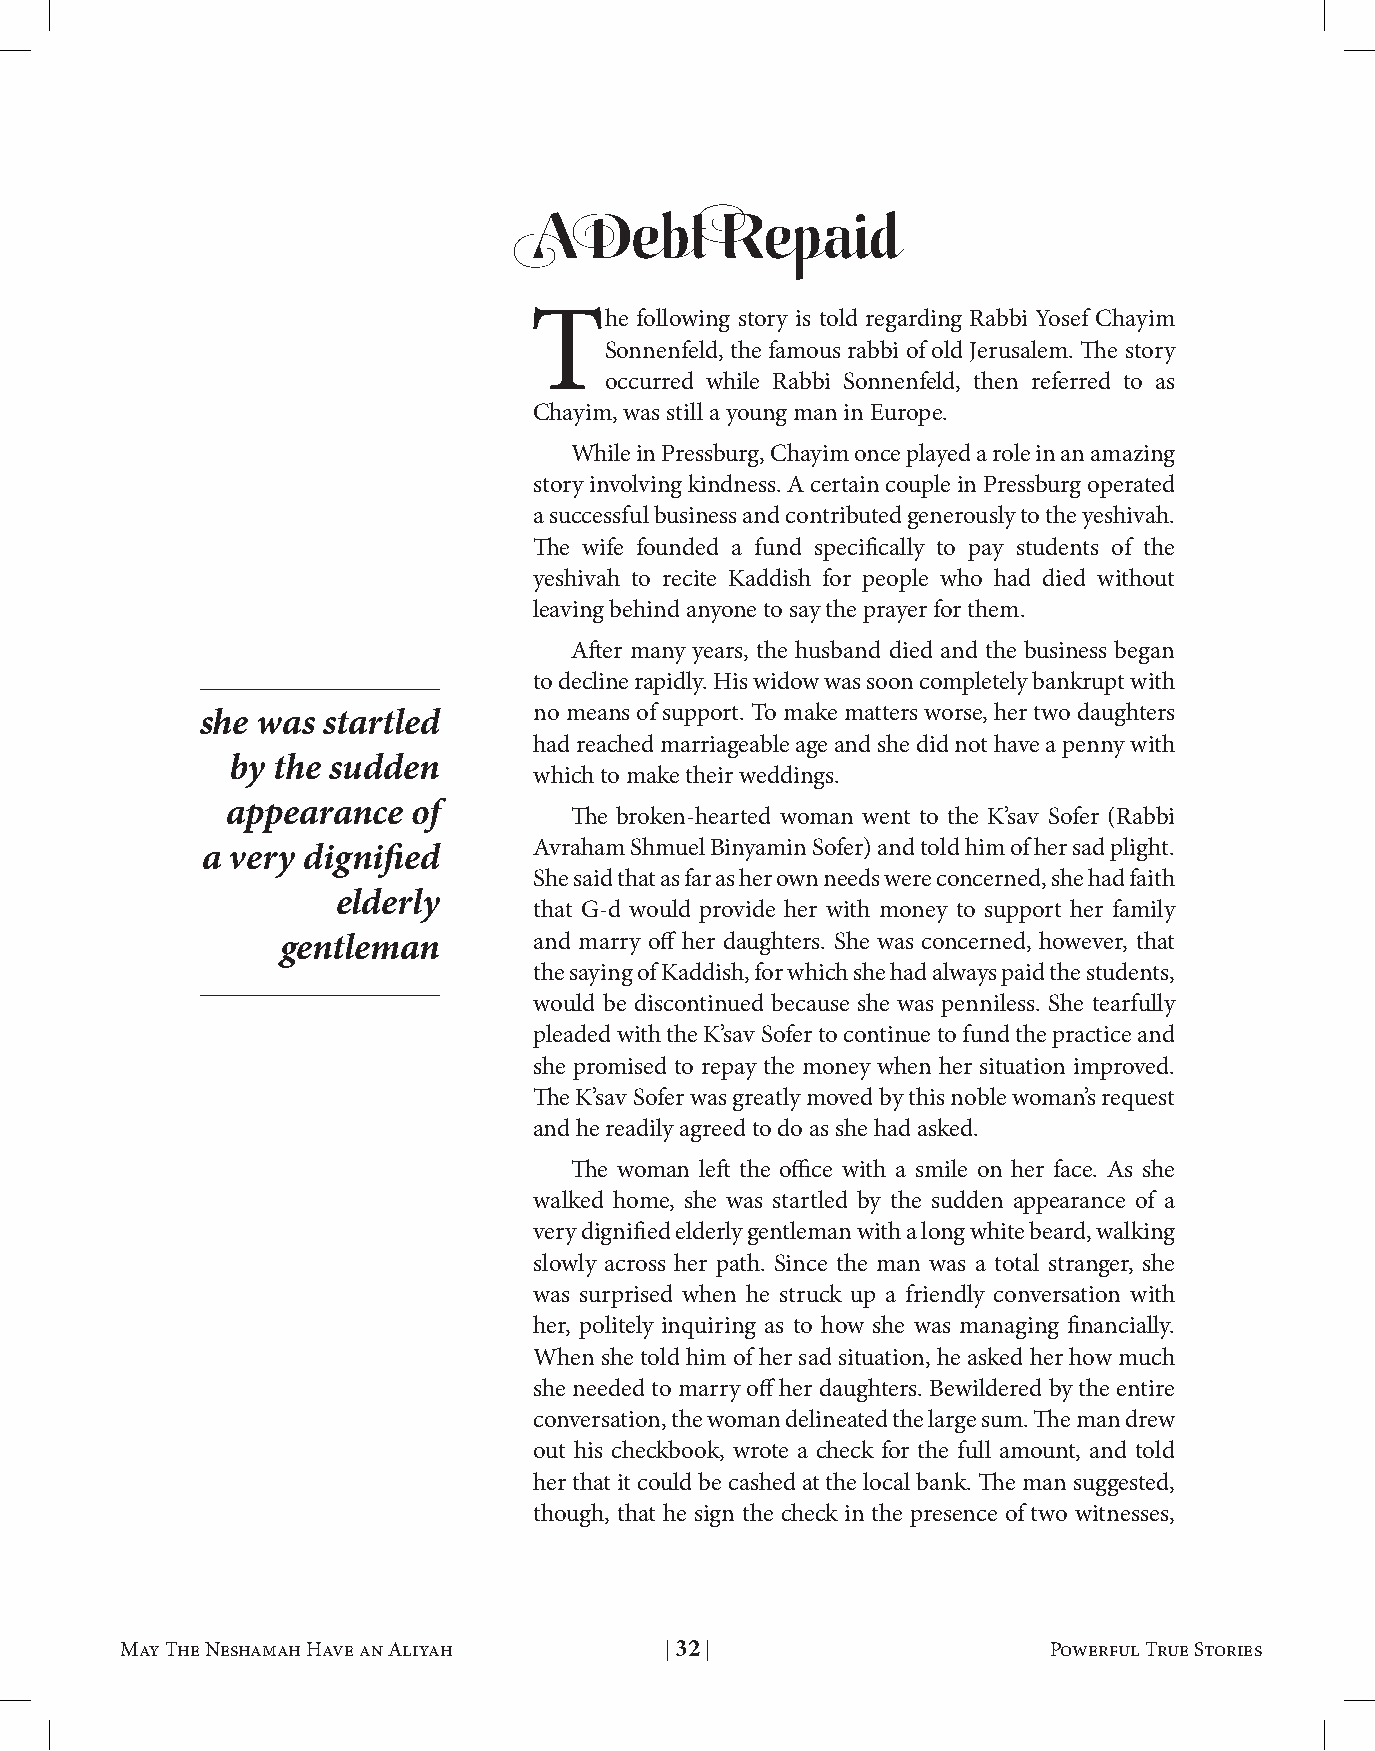
A   Debt     Repaid
 The    following story is told regarding Rabbi Yosef Chayim
 Sonnenfeld, the famous rabbi of old Jerusalem. The story
 occurred while Rabbi Sonnenfeld, then referred to as
 Chayim, was still a young man in Europe.
 While in Pressburg, Chayim once played a role in an amazing
 story involving kindness. A certain couple in Pressburg operated
 a successful business and contributed generously to the yeshivah.
 The wife founded a fund specifically to pay students of the
 yeshivah to recite Kaddish for people who had died without
 leaving behind anyone to say the prayer for them.
 After many years, the husband died and the business began
 to decline rapidly. His widow was soon completely bankrupt with
 she was startled      no means of support. To make matters worse, her two daughters
 had reached marriageable age and she did not have a penny with
 by the sudden
 which to make their weddings.
 appearance  of
 The broken-hearted woman went to the K’sav Sofer (Rabbi
 a very dignified      Avraham Shmuel Binyamin Sofer) and told him of her sad plight.
 She said that as far as her own needs were concerned, she had faith
 elderly
 that G-d would provide her with money to support her family
 gentleman       and marry off her daughters. She was concerned, however, that
 the saying of Kaddish, for which she had always paid the students,
 would be discontinued because she was penniless. She tearfully
 pleaded with the K’sav Sofer to continue to fund the practice and
 she promised to repay the money when her situation improved.
 The K’sav Sofer was greatly moved by this noble woman’s request
 and he readily agreed to do as she had asked.
 The woman left the office with a smile on her face. As she
 walked home, she was startled by the sudden appearance of a
 very dignified elderly gentleman with a long white beard, walking
 slowly across her path. Since the man was a total stranger, she
 was surprised when he struck up a friendly conversation with
 her, politely inquiring as to how she was managing financially.
 When she told him of her sad situation, he asked her how much
 she needed to marry off her daughters. Bewildered by the entire
 conversation, the woman delineated the large sum. The man drew
 out his checkbook, wrote a check for the full amount, and told
 her that it could be cashed at the local bank. The man suggested,
 though, that he sign the check in the presence of two witnesses,
 May The Neshamah Have an Aliyah | 31 | Powerful True Stories May The Neshamah Have an Aliyah | 32 | Powerful True Stories